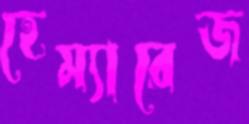
হেম্যারেজ